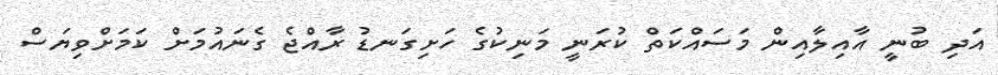
އަދި ބުނީ އާއިލާއިން މަސައްކަތް ކުރަނީ މަނިކުގެ ހަށިގަނޑު ރާއްޖެ ގެނައުމަށް ކަމަށްވިޔަސް